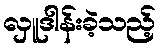
လှူဒါန်းခဲ့သည့်